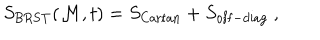
LaTeX: S _ { \mathrm { B R S T } } ( { \cal M } , t ) = S _ { \mathrm { C a r t a n } } + S _ { \mathrm { o f f - d i a g } } ~ ,